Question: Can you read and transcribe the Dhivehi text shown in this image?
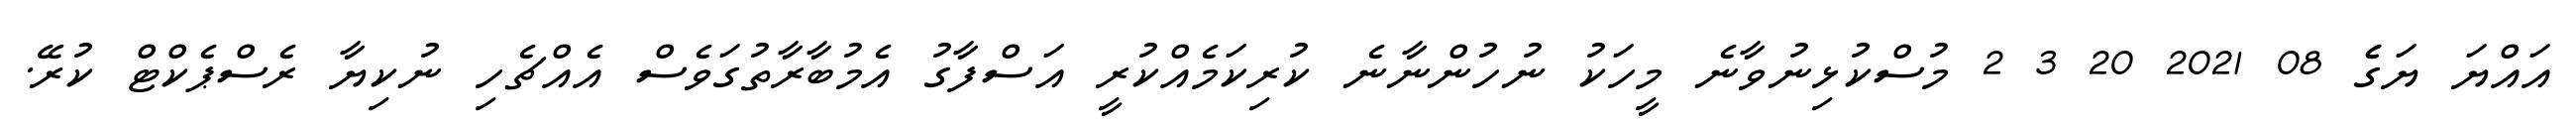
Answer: އައްޔަ ޔަގެެ 08 2021 20 3 2 މުސްކުޅިނުވާނެ މީހަކު ނުހުންނާނެ ކުރިކަމެއްކުރީ އަސްފާގު އެމުބާރާތުގަވެސް އެއްޗެހި ނުކިޔާ ރެސްޕެކްޓް ކުރޭ.